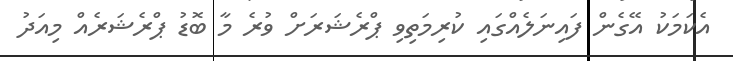
އެކަމަކު އޭގެން ފައިނަލެއްގައި ކުރިމަތިވި ޕްރެޝަަރަށް ވުރެ މާ ބޮޑު ޕްރެޝަރެއް މިއަދު